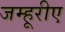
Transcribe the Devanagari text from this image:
जम्हूरीए